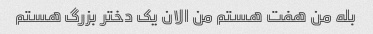
بله من هفت هستم من الان یک دختر بزرگ هستم